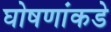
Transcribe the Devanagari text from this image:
घोषणांकडे